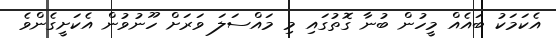
އެކަމަކު ބައެއް މީހުން ބުނާ ގޮތުގައި މި މައްސަލަ ވަރަށް ހޫނުވުން އެކަށީގެންވެ